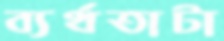
ব্যর্থতাটা